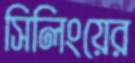
সিলিংয়ের